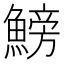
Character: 鰟